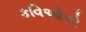
કવિઓએ